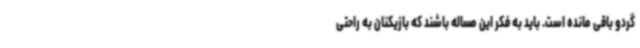
گردو باقی مانده است. باید به فکر این مساله باشند که بازیکنان به راحتی